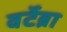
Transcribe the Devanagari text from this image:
वर्टेब्रा